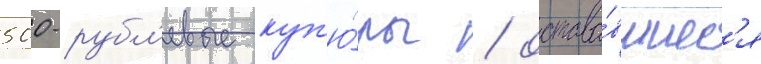
500-рубл'евые куп'ю́ры / остава́вшиес'я